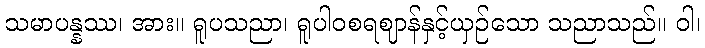
သမာပန္နဿ၊ အား။ ရူပသညာ၊ ရူပါဝစရဈာန်နှင့်ယှဉ်သော သညာသည်။ ဝါ၊